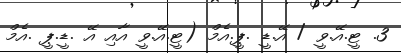
3. ޓީ.އޭ.ވީ / އޭ.ޑީ .ޕީ.އެމް (ޓީ.އޭ.ވީ އާއި އޭ .ޑީ.ޕީ .އެމް